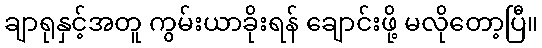
ချာရုနှင့်အတူ ကွမ်းယာခိုးရန် ချောင်းဖို့ မလိုတော့ပြီ။